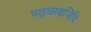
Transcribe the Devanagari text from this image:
पशुचरणजिवि